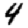
Digit: 4